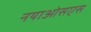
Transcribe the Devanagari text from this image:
नयाओसएस